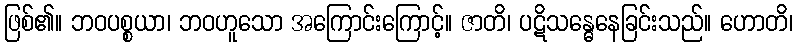
ဖြစ်၏။ ဘဝပစ္စယာ၊ ဘဝဟူသော အကြောင်းကြောင့်။ ဇာတိ၊ ပဋိသန္ဓေနေခြင်းသည်။ ဟောတိ၊